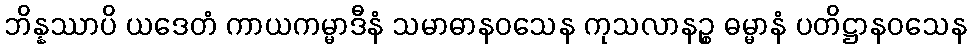
ဘိန္နဿာပိ ယဒေတံ ကာယကမ္မာဒီနံ သမာဓာနဝသေန ကုသလာနဉ္စ ဓမ္မာနံ ပတိဋ္ဌာနဝသေန